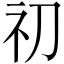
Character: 𥘉